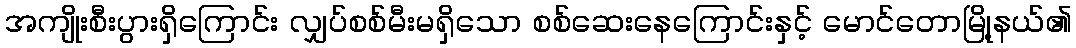
အကျိုးစီးပွားရှိကြောင်း လျှပ်စစ်မီးမရှိသော စစ်ဆေးနေကြောင်းနှင့် မောင်တောမြို့နယ်၏